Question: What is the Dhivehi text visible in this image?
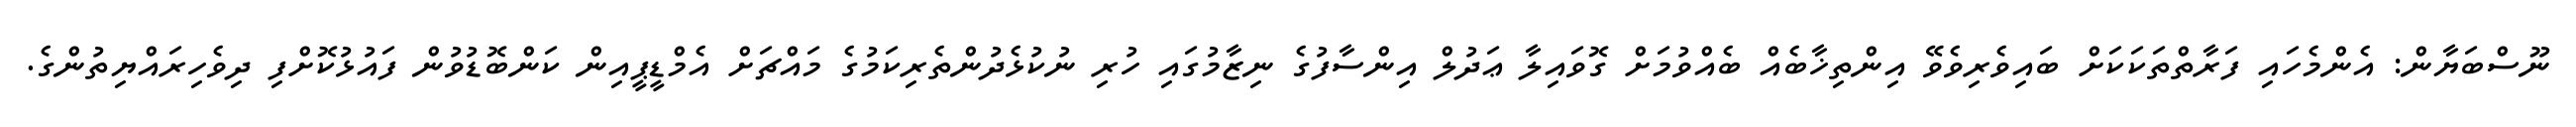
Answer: ނޫސްބަޔާން: އެންމެހައި ފަރާތްތަކަކަށް ބައިވެރިވެވޭ އިންތިޚާބެއް ބެއްވުމަށް ގޮވައިލާ ޢަދުލް އިންސާފުގެ ނިޒާމުގައި ހުރި ނުކުޅެދުންތެރިކަމުގެ މައްޗަށް އެމްޑީޕީއިން ކަންބޮޑުވުން ފައުޅުކޮށްފި ދިވެހިރައްޔިތުންގެ.